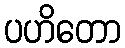
ပဟိတော